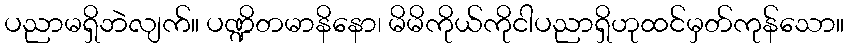
ပညာမရှိဘဲလျက်။ ပဏ္ဍိတမာနိနော၊ မိမိကိုယ်ကိုငါပညာရှိဟုထင်မှတ်ကုန်သော။